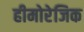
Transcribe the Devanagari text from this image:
हीमोरेजिक